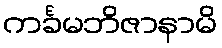
ကင်္ခမဘိဇာနာမိ